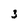
Character: 3